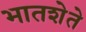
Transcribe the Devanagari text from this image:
भातशेते